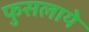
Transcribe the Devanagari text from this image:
फुसलाये